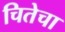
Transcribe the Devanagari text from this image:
चितेचा